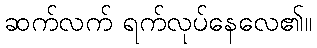
ဆက်လက် ရက်လုပ်နေလေ၏။